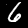
Digit: 6